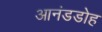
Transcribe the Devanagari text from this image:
आनंडडोह